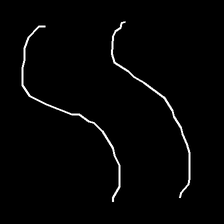
Glyph: float